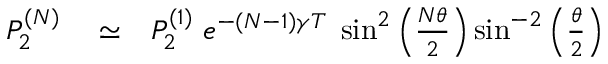
\begin{array} { r l r } { P _ { 2 } ^ { ( N ) } } & { { } \simeq } & { P _ { 2 } ^ { ( 1 ) } \; e ^ { - ( N - 1 ) \gamma T } \; \sin ^ { 2 } \left( \frac { N \theta } { 2 } \right) \sin ^ { - 2 } \left( \frac { \theta } { 2 } \right) } \end{array}